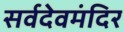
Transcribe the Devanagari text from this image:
सर्वदेवमंदिर